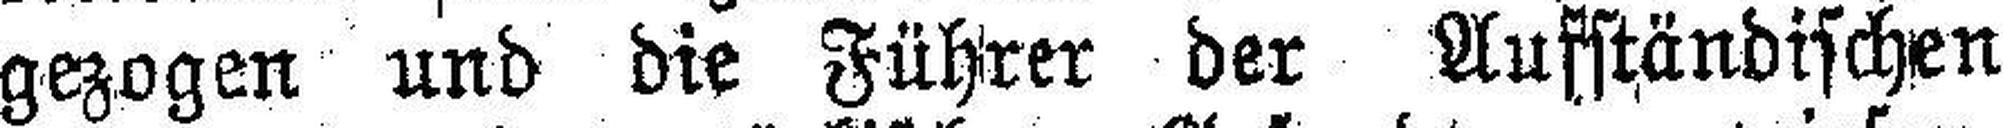
gezogen und die Führer der Aufständischen